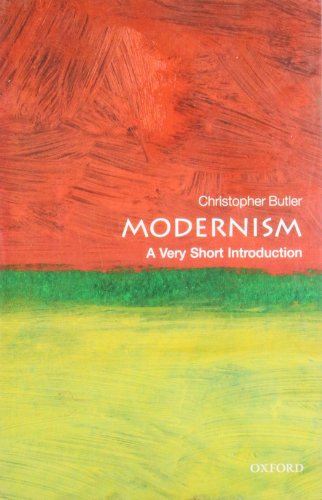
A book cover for Modernism: A Very Short Introduction; Christopher Butler; Arts & Photography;